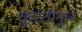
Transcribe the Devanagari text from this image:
कुस्तीमुळे